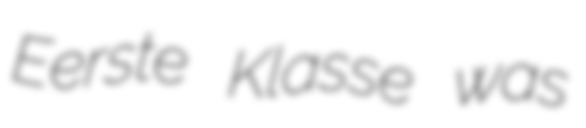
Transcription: Eerste Klasse was